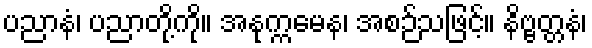
ပညာနံ၊ ပညာတို့ကို။ အနုက္ကမေန၊ အစဉ်သဖြင့်။ နိဗ္ဗတ္တနံ၊